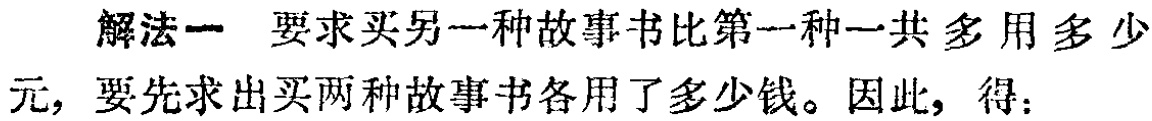
解法一 要求买另一种故事书比第一种一共多用多少元，要先求出买两种故事书各用了多少钱。因此，得：